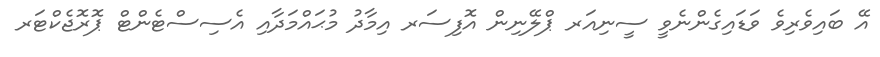
އޭ ބައިވެރިވެ ވަޑައިގެންނެވީ ސީނިއަރ ޕްލޭނިން އޮފިސަރ އިމާދު މުޙައްމަދާއި އެސިސްޓެންޓް ޕޮރޮޖެކްޓަރ